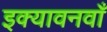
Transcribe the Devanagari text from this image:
इक्यावनवाँ